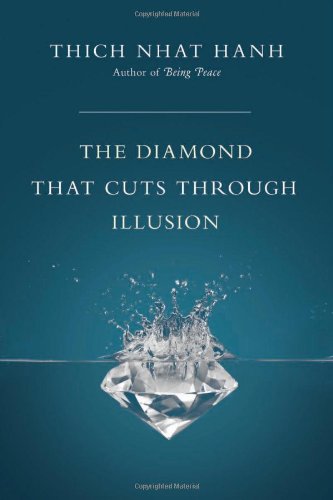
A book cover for The Diamond That Cuts Through Illusion; Thich Nhat Hanh; Religion & Spirituality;